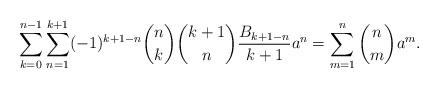
LaTeX: \begin{align*}\sum_{k=0}^{n-1} \sum_{n=1}^{k+1} (-1)^{k+1-n} \binom{n}{k} \binom{k+1}{n} \frac{B_{k+1-n}}{k+1} a^{n}=\sum_{m=1}^{n} \binom{n}{m}a^m.\end{align*}